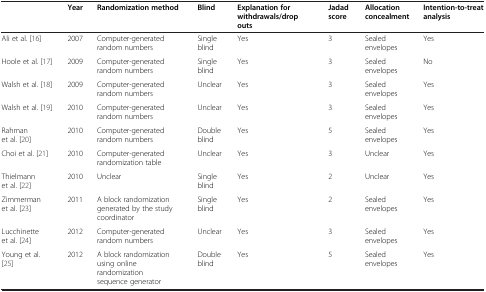
|  | Year | Randomization method | Blind | Explanation for withdrawals/drop outs | Jadad score | Allocation concealment | Intention-to-treat analysis |
 | --- | --- | --- | --- | --- | --- | --- | --- |
 | Ali et al. [16] | 2007 | Computer-generated random numbers | Single blind | Yes | 3 | Sealed envelopes | Yes |
 | Hoole et al. [17] | 2009 | Computer-generated random numbers | Single blind | Yes | 3 | Sealed envelopes | No |
 | Walsh et al. [18] | 2009 | Computer-generated random numbers | Unclear | Yes | 3 | Sealed envelopes | Yes |
 | Walsh et al. [19] | 2010 | Computer-generated random numbers | Unclear | Yes | 3 | Sealed envelopes | Yes |
 | Rahman et al. [20] | 2010 | Computer-generated random numbers | Double blind | Yes | 5 | Sealed envelopes | Yes |
 | Choi et al. [21] | 2010 | Computer-generated randomization table | Unclear | Yes | 3 | Unclear | Yes |
 | Thielmann et al. [22] | 2010 | Unclear | Single blind | Yes | 2 | Unclear | Yes |
 | Zimmerman et al. [23] | 2011 | A block randomization generated by the study coordinator | Single blind | Yes | 2 | Sealed envelopes | Yes |
 | Lucchinette et al. [24] | 2012 | Computer-generated random numbers | Unclear | Yes | 3 | Sealed envelopes | Yes |
 | Young et al. [25] | 2012 | A block randomization using online randomization sequence generator | Double blind | Yes | 5 | Sealed envelopes | Yes |